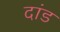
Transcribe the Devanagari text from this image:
दांड